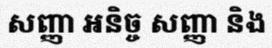
សញ្ញា អនិច្ច សញ្ញា និង